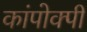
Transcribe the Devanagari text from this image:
कांपोक्पी